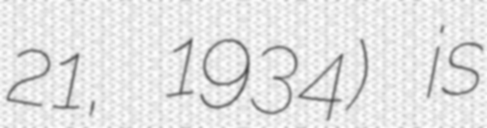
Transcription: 21, 1934) is